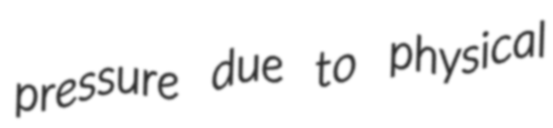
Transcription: pressure due to physical